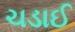
ચડાઈ